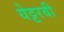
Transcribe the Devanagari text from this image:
येट्टरबी